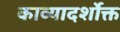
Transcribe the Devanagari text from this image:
काव्यादर्शोक्त